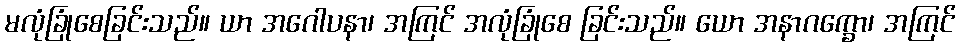
မလုံခြုံစေခြင်းသည်။ ယာ အဂေါပနာ၊ အကြင် အလုံခြုံစေ ခြင်းသည်။ ယော အနာဂက္ခော၊ အကြင်